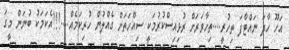
އަހޫ ހާދަ ނައްޓާފަ ތިހުރީ....ތިހާވަރަށް ރުޅިއިސްކުރުމަކީ ސިއްހަތަށް ގެއްލުން ހުރިކަމެއް....!!!އެކަމަކު ބުނަން މީގަ